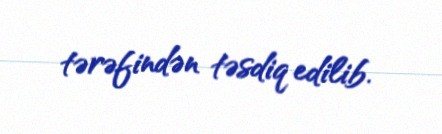
tərəfindən təsdiq edilib.